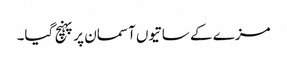
مزے کے ساتیوں آسمان پر پہنچ گیا۔